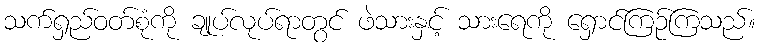
သက်ရှည်ဝတ်စုံကို ချုပ်လုပ်ရာတွင် ဖဲသားနှင့် သားရေကို ရှောင်ကြဉ်ကြသည်။